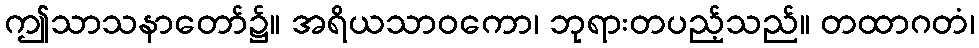
ဤသာသနာတော်၌။ အရိယသာဝကော၊ ဘုရားတပည့်သည်။ တထာဂတံ၊